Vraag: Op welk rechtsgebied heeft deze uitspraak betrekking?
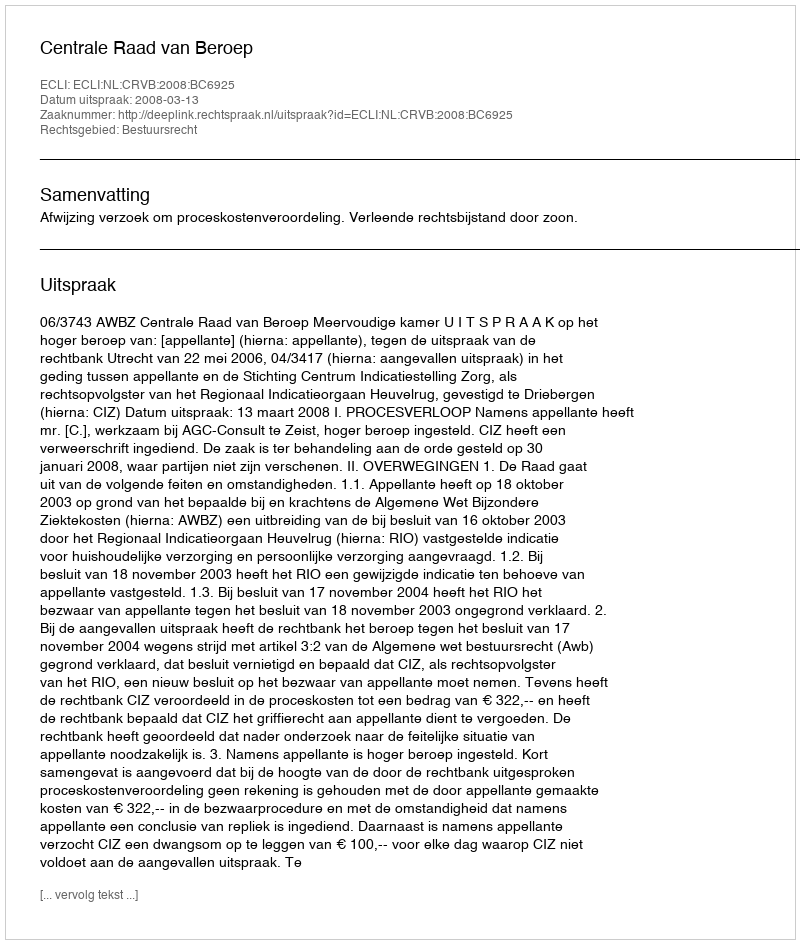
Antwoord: Bestuursrecht